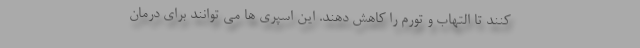
کنند تا التهاب و تورم را کاهش دهند. این اسپری ها می توانند برای درمان